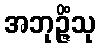
အဘုဉ္ဇိံသု